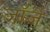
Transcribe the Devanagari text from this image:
जॉर्जे